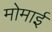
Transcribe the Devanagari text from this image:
मोमाई